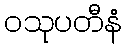
ဝသုပတီနံ